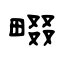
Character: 畷